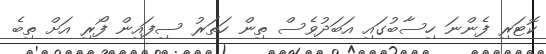
ކޮޓަރި ފެންނަ ހިސާބުގައި އަބަދުވެސް ތިން ހަތަރު ސިފައިން ފޯރި އަށް ތިބެ